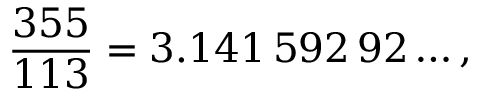
{ \frac { 3 5 5 } { 1 1 3 } } = 3 . 1 4 1 \, 5 9 2 \, 9 2 \ldots ,